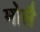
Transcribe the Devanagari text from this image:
मोलै